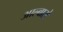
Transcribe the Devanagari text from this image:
आल्बारो